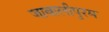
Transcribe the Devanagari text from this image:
जाबालीपुरम